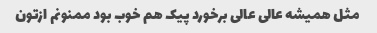
مثل همیشه عالی عالی برخورد پیک هم خوب بود ممنونم ازتون